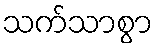
သက်သာစွာ